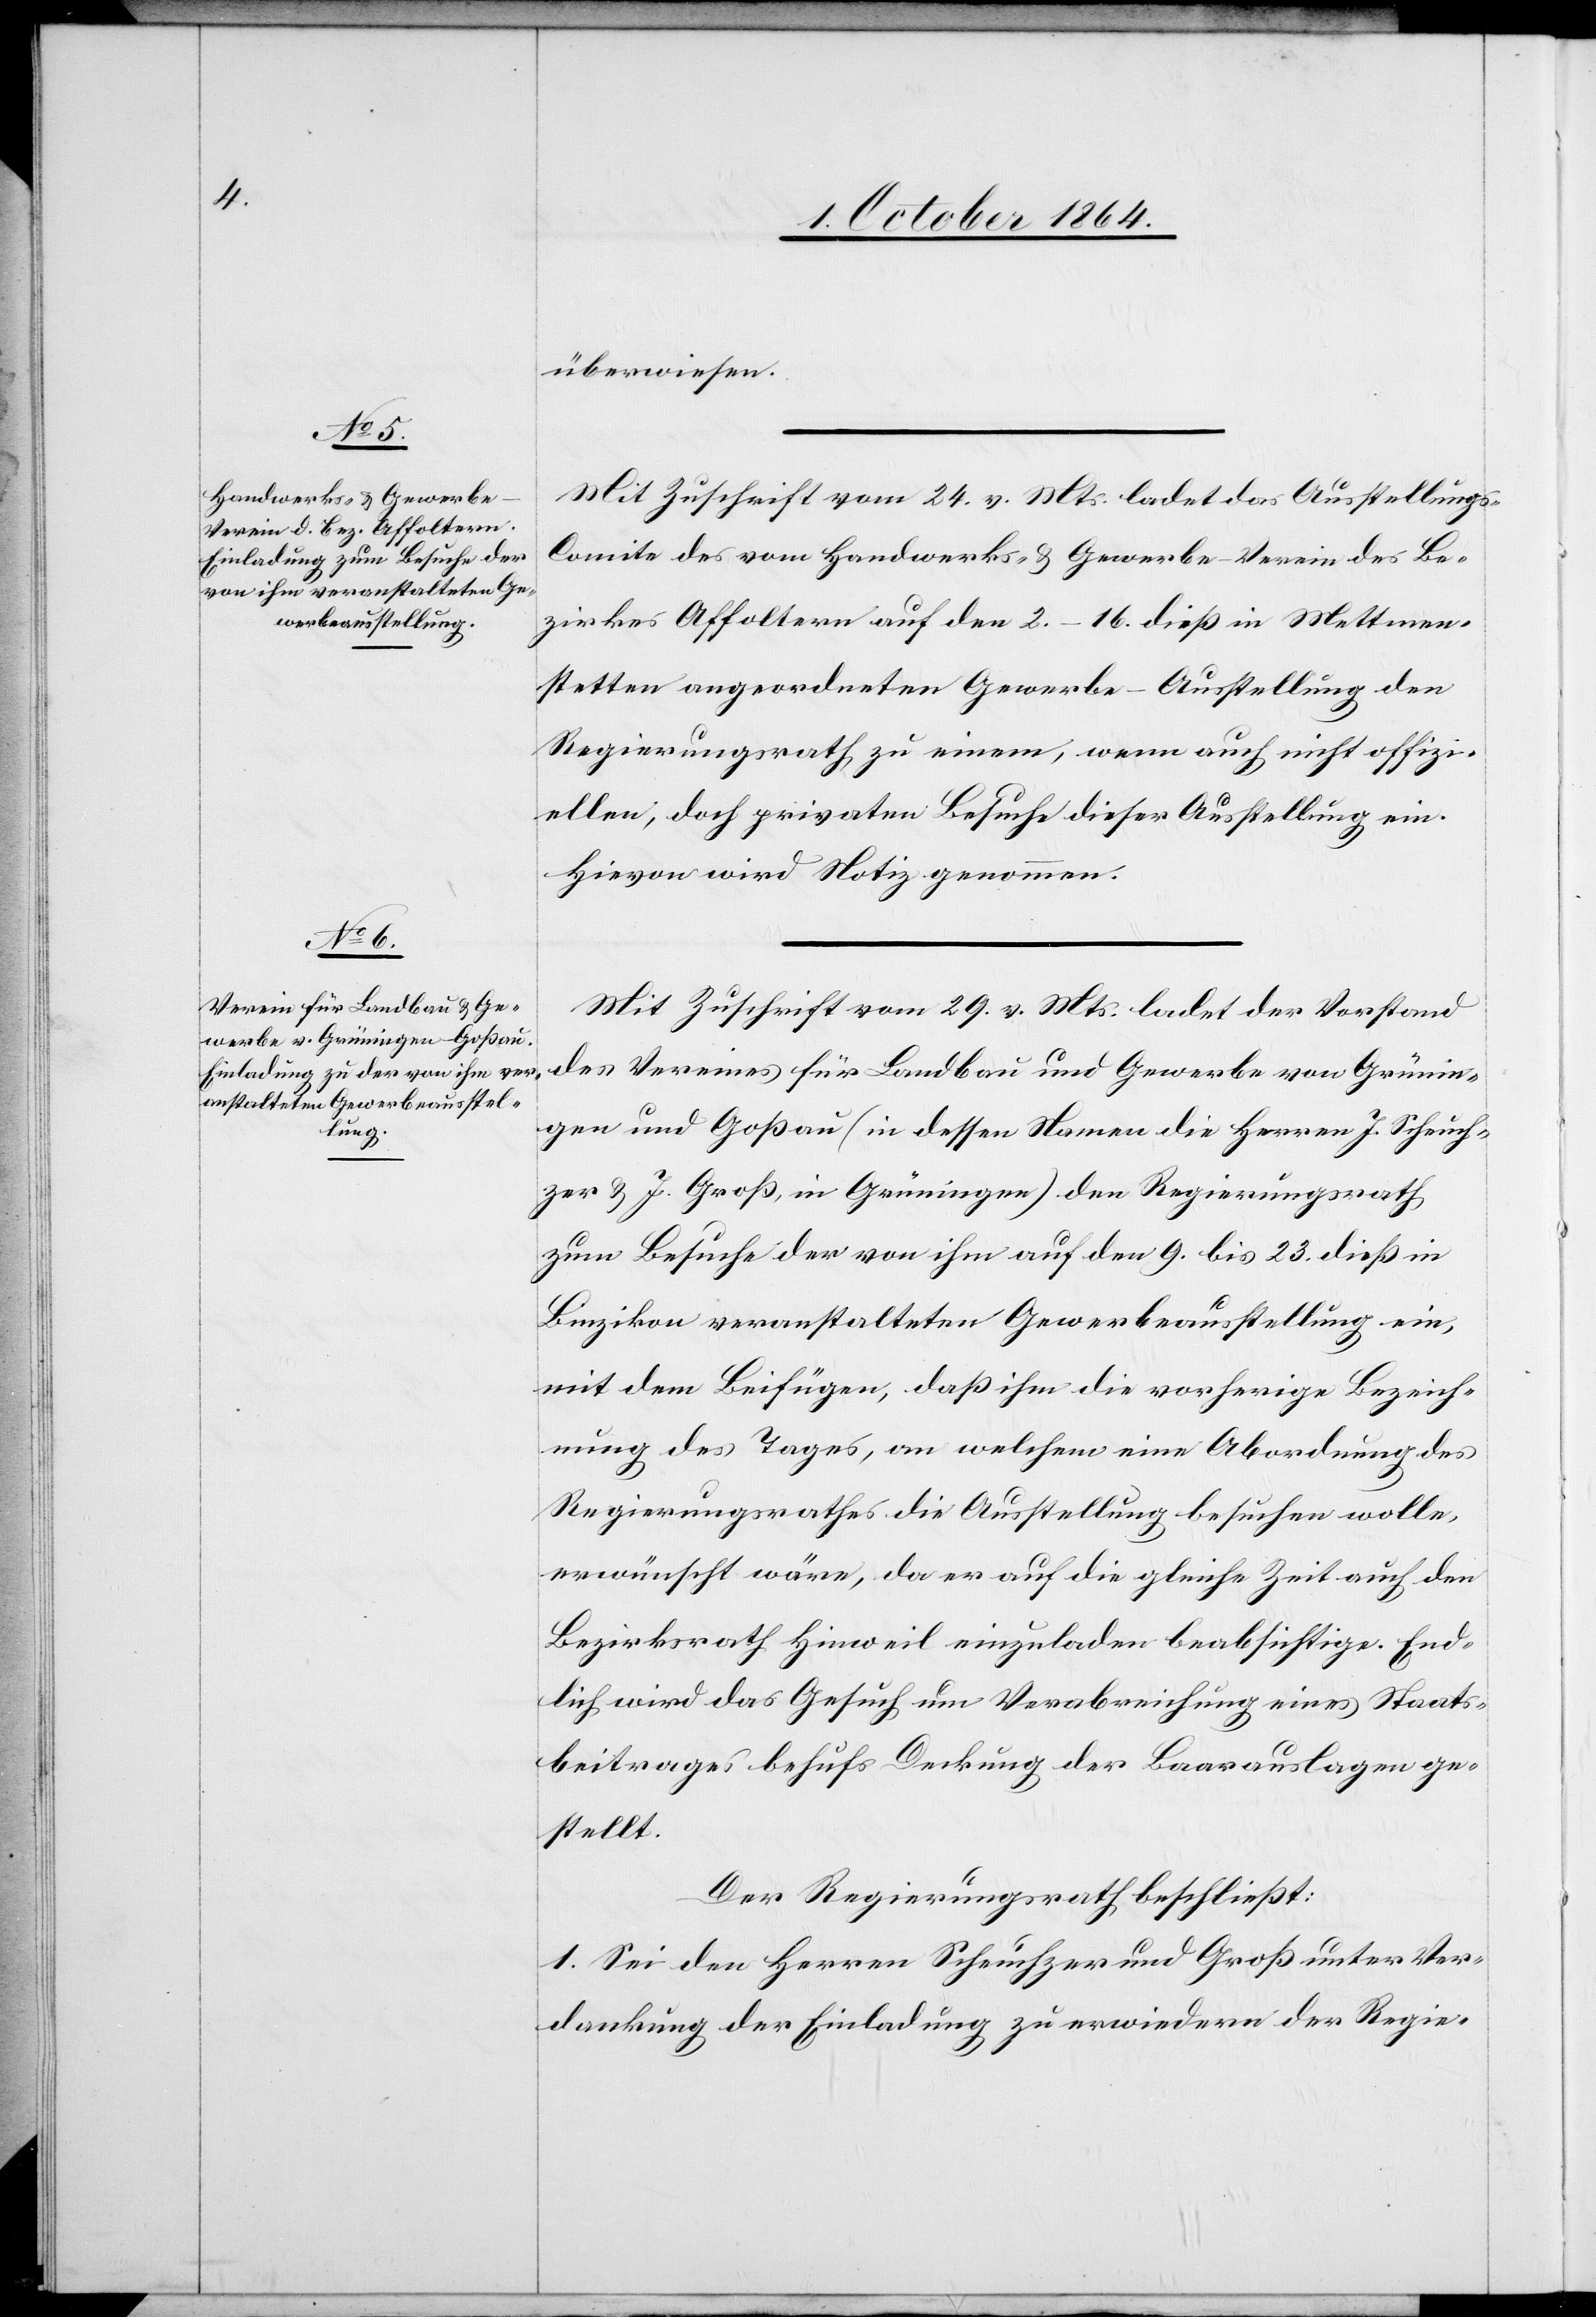
Handwerks- & Gewerbe-V¬
Be¬

überwiesen.
Mit Zuschrift vom 24. v. Mts. ladet das Ausstellungs-C¬
zirkes Affoltern auf den 2.–16. dieß in Mettmen¬
stetten angeordneten Gewerbe-Ausstellung den
Regierungsrath zu einem, wenn auch nicht offizi¬
ellen, doch privaten Besuche dieser Ausstellung ein.
Hievon wird Notiz genommen.
Mit Zuschrift vom 29. v. Mts. ladet der Vorstand
des Vereins für Landbau und Gewerbe von Grünin¬
gen und Goßau (in dessen Namen die Herren J. Scheuch¬
zer & J. Groß in Grüningen) den Regierungsrath
zum Besuche der von ihm auf den 9. bis 23 dieß in
Binzikon veranstalteten Gewerbeausstellung ein,
mit dem Beifügen, daß ihm die vorherige Bezeich¬
nung des Tages, an welchem eine Abordnung des
Regierungsrathes die Ausstellung besuchen wolle,
erwünscht wäre, da er auf die gleiche Zeit auch den
Bezirksrath Hinweil einzuladen beabsichtige. End¬
lich wird das Gesuch um Verabreichung eines Staats¬
beitrages behufs Deckung der Baarauslagen ge¬
stellt.
Der Regierungsrath beschließt:
1. Sei den Herren Scheuchzer und Groß unter Ver¬
dankung der Einladung zu erwiedern der Regie-